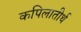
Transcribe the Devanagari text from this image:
कपिलातीर्थ